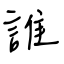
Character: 誰